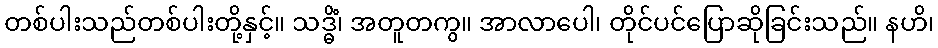
တစ်ပါးသည်တစ်ပါးတို့နှင့်။ သဒ္ဓိံ၊ အတူတကွ။ အာလာပေါ၊ တိုင်ပင်ပြောဆိုခြင်းသည်။ နဟိ၊